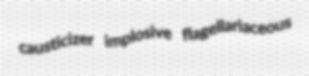
causticizer implosive flagellariaceous